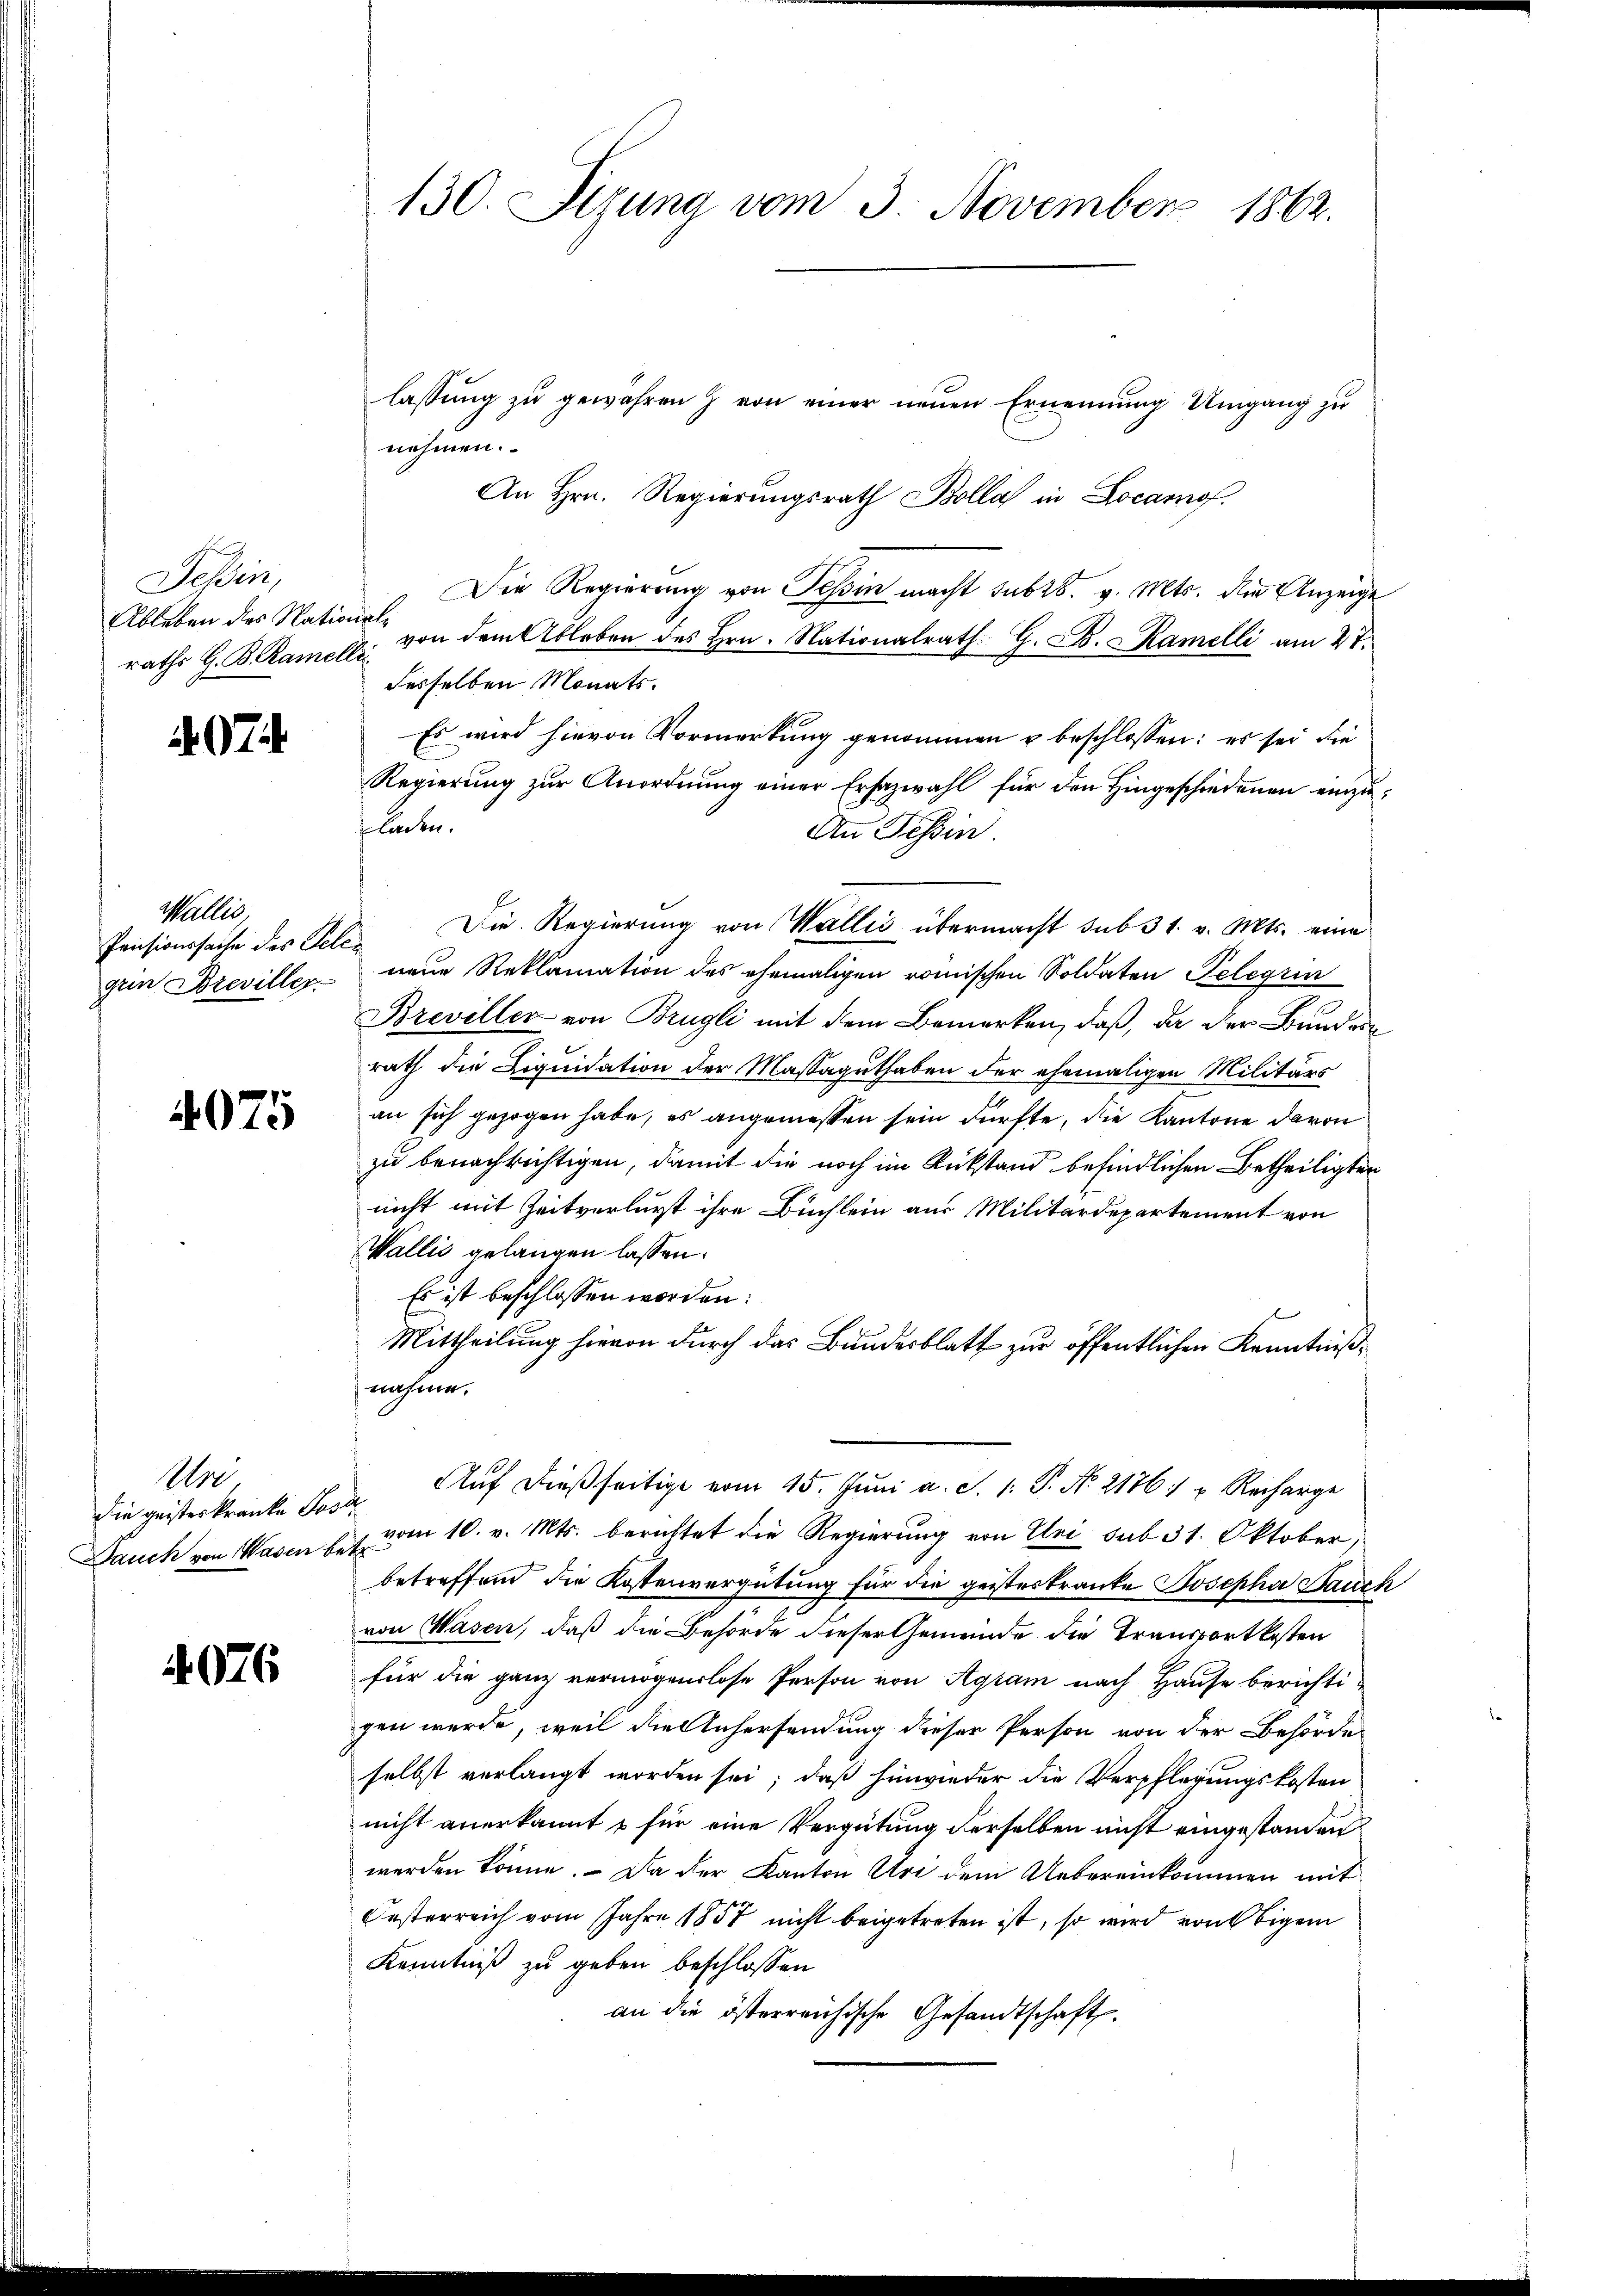
Tessin,
Ableben des National¬

97

Wallis,
Pensionssache des Telegein Breviller

4075

Mi
die geisteskranke Jos
Dauch von Wasen be¬

4076

130. Sizung vom 3. November 1862.

lassŭng zŭ gewahren & von einer neuen Ernennung Umgang zu
nehmen.
An Hrn. Regierungsrath Bolla in Locarnof
Die Regierung von Tessin macht sub 28. v. Mts. der Anzeige
raths G. K. Ramell von dem Ableben des Hrn. Nationalrath G. C. Ramelli am 27.
desselben Monats.
Es wird hievon Vormerkung genommen u beschlossen: es sei die
Regierung zur Anordnung einer Ersazwahl für den Hingeschiedenen einzuladen.
An Tessin.
Die Regierung von Wallis übermacht sub 31. v. Mts. eine
neue Reklamation des ehemaligen römischen Soldaten Telegrin
Breviller von Brügli mit dem Bemerken, daß, da der Bundes
rath die Liquidation der Massaguthaben der ehemaligen Militärs
an sich gezogen habe, es angemessen sein dürfte, die Kantone davon
zu benachrichtigen, damit die noch im Rückstand befindlichen Betheiligten
nicht mit Zeitverlurst ihre Büchlein aus Militärdepartement von
Wallis gelangen lassen.
Es ist beschlossen worden:
Mittheilung hievon durch das Bundesblatt zur öffentlichen Kenntnißnahme.
Aŭf dießseitige vom 15. Jŭni a. S. 1. P. Nr. 2176. " Recharge
 vom 10. v. Mts. berichtet die Regierung von Uri sub 31. Oktober,
betreffend die Kostenvergütung für die geisteskranke Josepha Bauch
von Wasen, daß die Behörde dieser Gemeinde die Transportkosten
für die ganz vermögenslose Person von Agram nach Hause berichtigen wurde, weil die Anhersendung dieser Person von der Behörde
selbst verlangt worden sei; daß hinwieder die Verpflegungskosten
nicht anerkannt & für eine Vergütung derselben nicht eingestanden
werden könne. Da der Kanton Art dem Uebereinkommen mit
Oesterreich vom Jahre 1857 nicht beigetreten ist, so wird von Ebigem
Kenntniß zu geben beschlossen
an die österreichische Gesandtschaft.